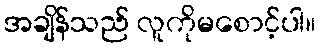
အချိန်သည် လူကိုမစောင့်ပါ။